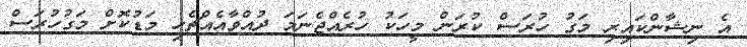
އެ ނިޝާންކައިރި މަގު ހުރަސް ކުރަން މީހަކު ހުރެއްޖެނަމަ ދުއްވާއެއްޗެހި މަޑުކޮށް މަގުހުރަސް